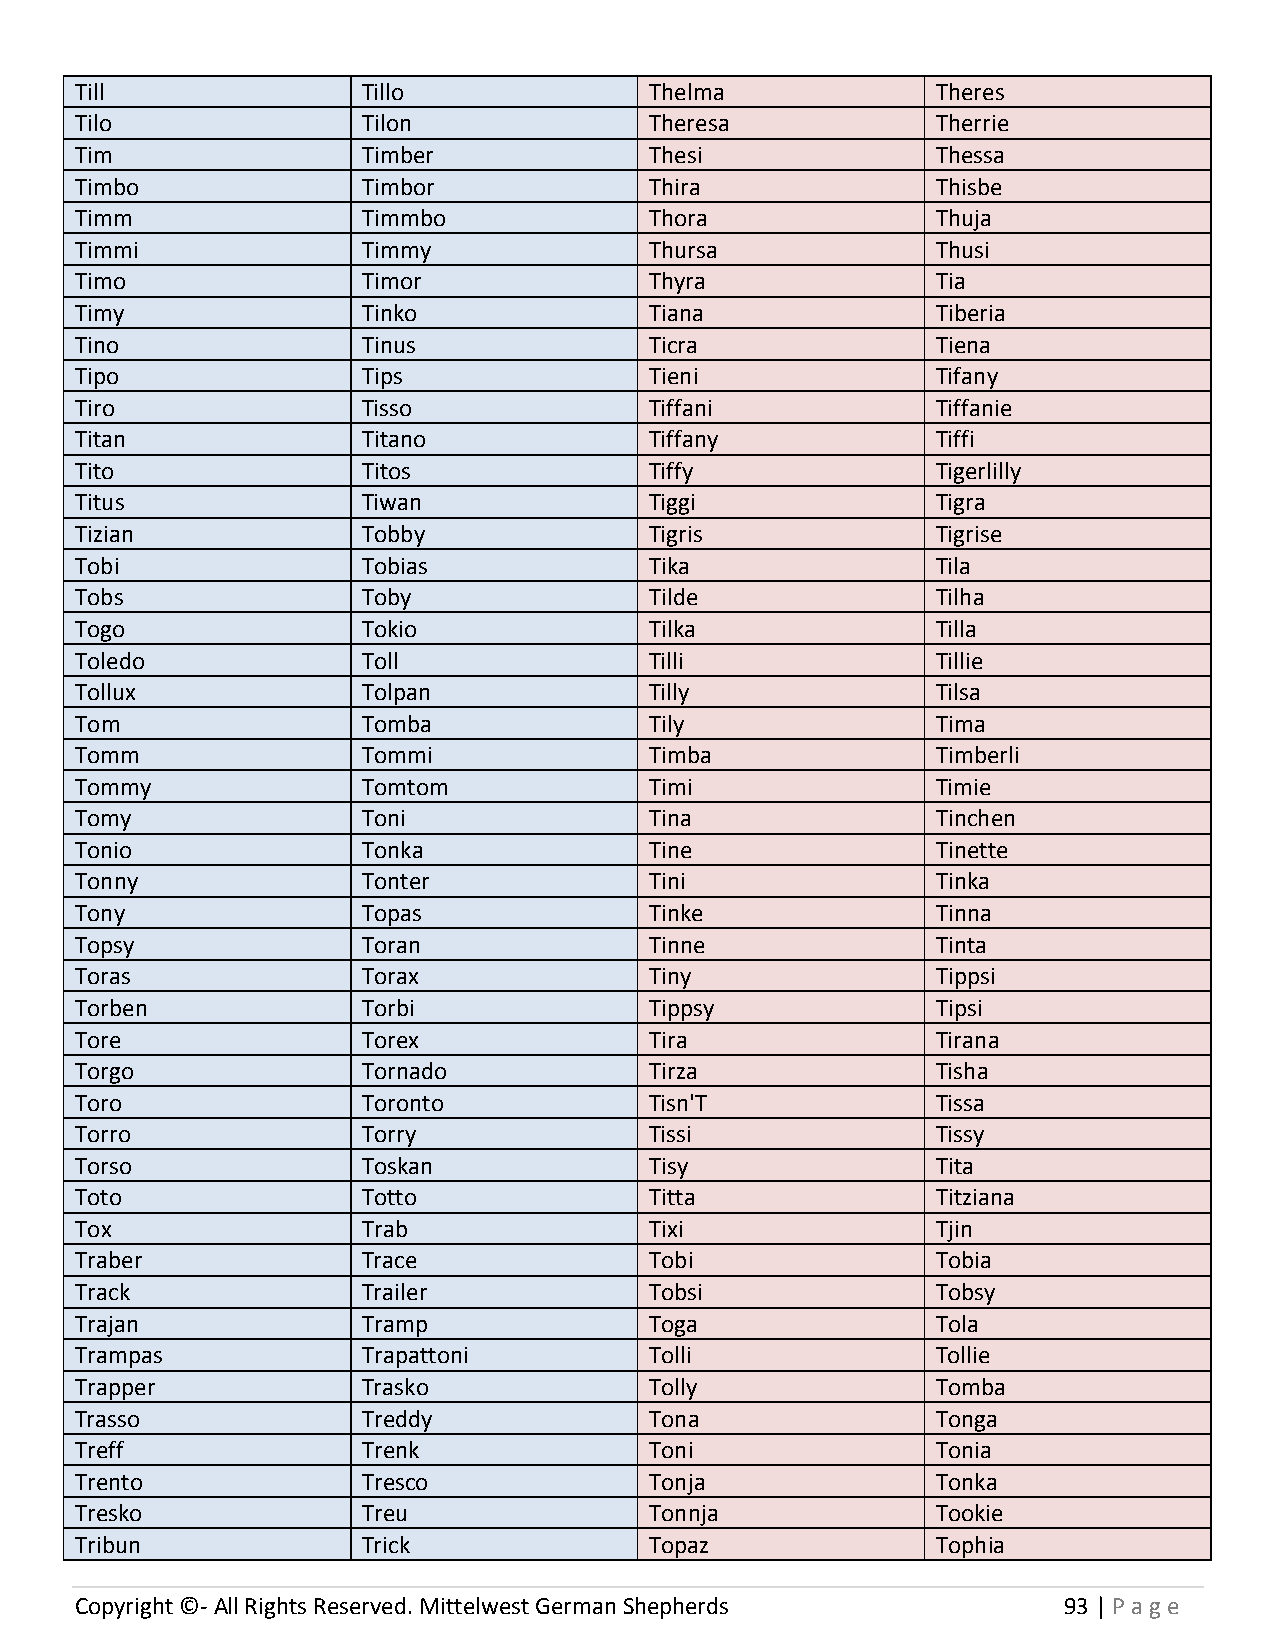
Till               Tillo              Thelma             Theres
 Tilo               Tilon              Theresa            Therrie
 Tim                Timber             Thesi              Thessa
 Timbo              Timbor             Thira              Thisbe
 Timm               Timmbo             Thora              Thuja
 Timmi              Timmy              Thursa             Thusi
 Timo               Timor              Thyra              Tia
 Timy               Tinko              Tiana              Tiberia
 Tino               Tinus              Ticra              Tiena
 Tipo               Tips               Tieni              Tifany
 Tiro               Tisso              Tiffani            Tiffanie
 Titan              Titano             Tiffany            Tiffi
 Tito               Titos              Tiffy              Tigerlilly
 Titus              Tiwan              Tiggi              Tigra
 Tizian             Tobby              Tigris             Tigrise
 Tobi               Tobias             Tika               Tila
 Tobs               Toby               Tilde              Tilha
 Togo               Tokio              Tilka              Tilla
 Toledo             Toll               Tilli              Tillie
 Tollux             Tolpan             Tilly              Tilsa
 Tom                Tomba              Tily               Tima
 Tomm               Tommi              Timba              Timberli
 Tommy              Tomtom             Timi               Timie
 Tomy               Toni               Tina               Tinchen
 Tonio              Tonka              Tine               Tinette
 Tonny              Tonter             Tini               Tinka
 Tony               Topas              Tinke              Tinna
 Topsy              Toran              Tinne              Tinta
 Toras              Torax              Tiny               Tippsi
 Torben             Torbi              Tippsy             Tipsi
 Tore               Torex              Tira               Tirana
 Torgo              Tornado            Tirza              Tisha
 Toro               Toronto            Tisn'T             Tissa
 Torro              Torry              Tissi              Tissy
 Torso              Toskan             Tisy               Tita
 Toto               Totto              Titta              Titziana
 Tox                Trab               Tixi               Tjin
 Traber             Trace              Tobi               Tobia
 Track              Trailer            Tobsi              Tobsy
 Trajan             Tramp              Toga               Tola
 Trampas            Trapattoni         Tolli              Tollie
 Trapper            Trasko             Tolly              Tomba
 Trasso             Treddy             Tona               Tonga
 Treff              Trenk              Toni               Tonia
 Trento             Tresco             Tonja              Tonka
 Tresko             Treu               Tonnja             Tookie
 Tribun             Trick              Topaz              Tophia
 Copyright ©- All Rights Reserved. Mittelwest German Shepherds    93 | P age